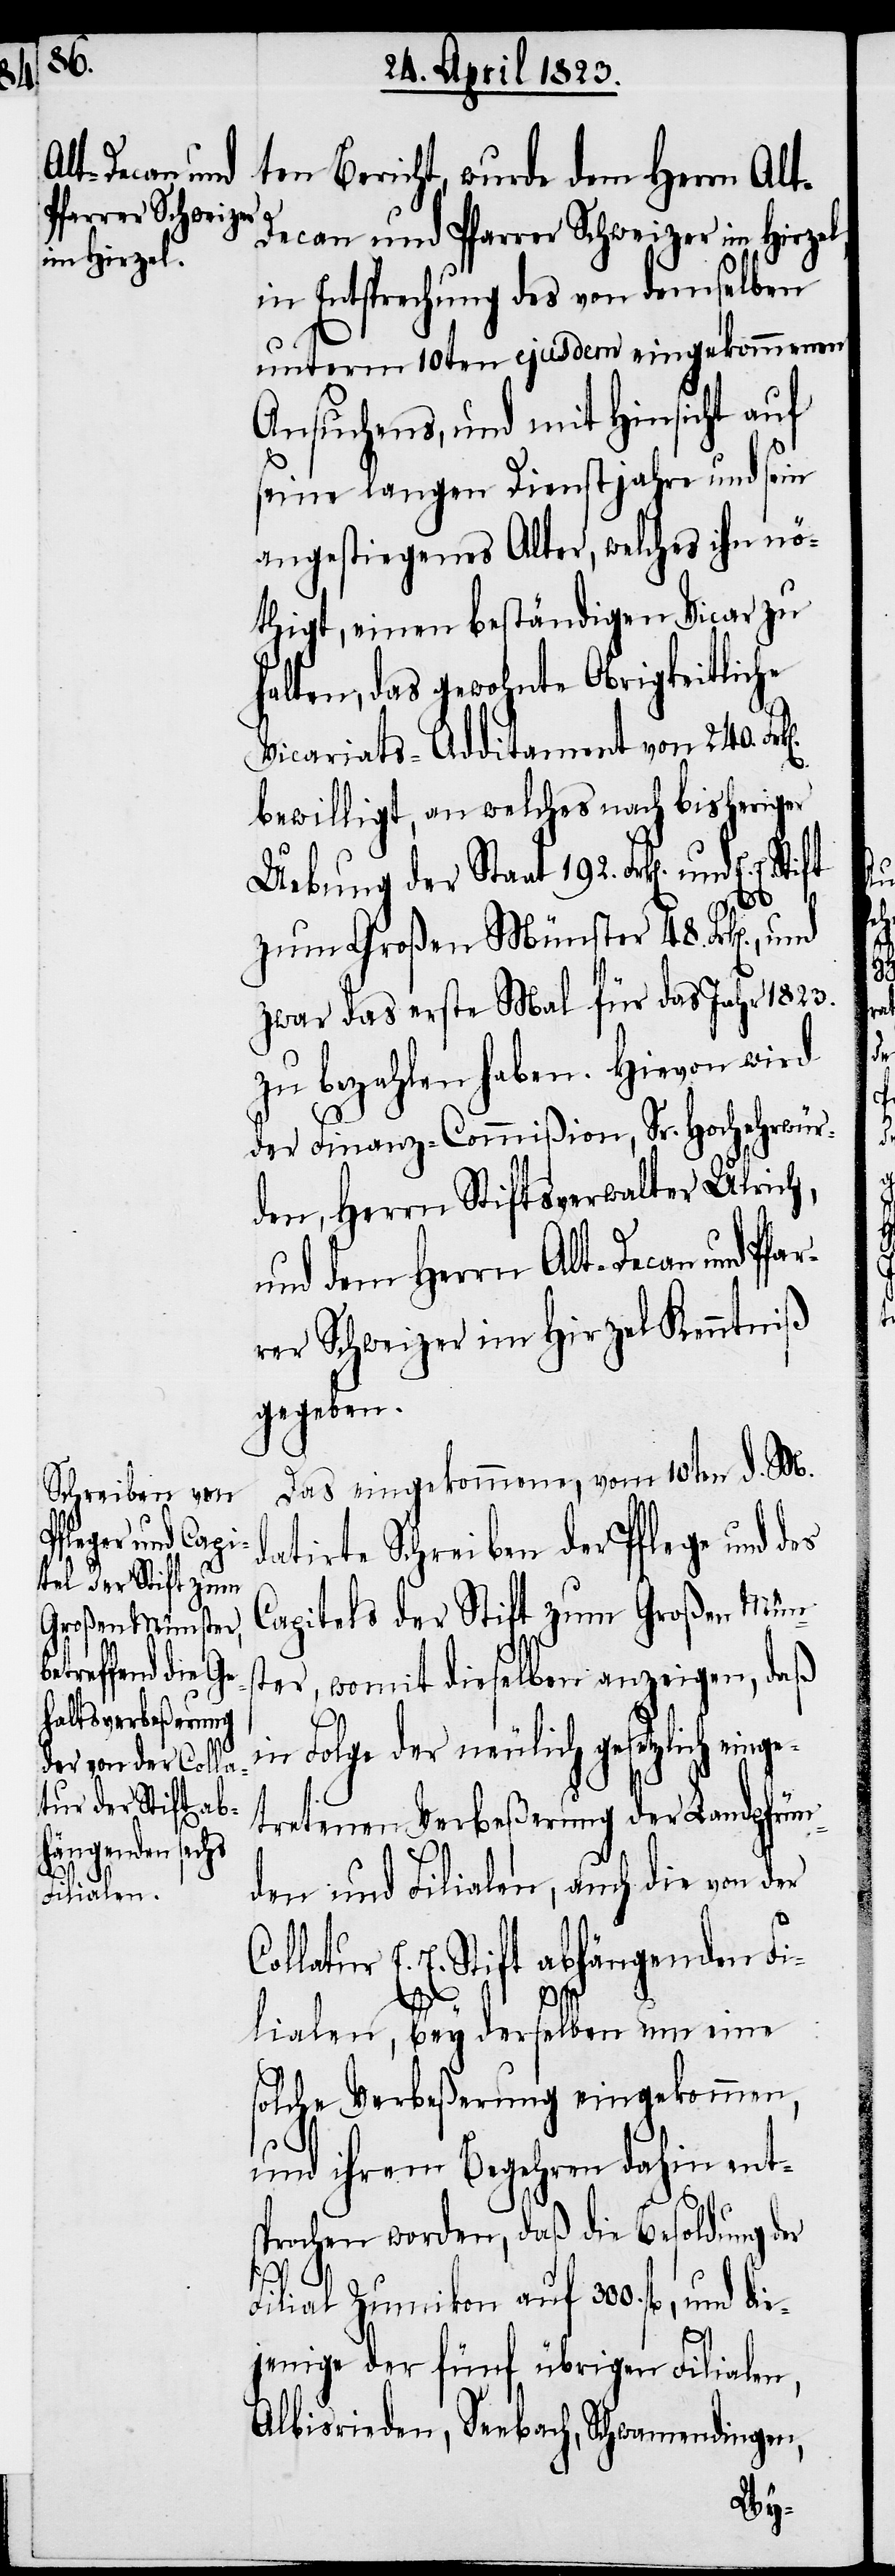
lt-Decan und
Pfarrer Schweizer
im Hirzel,

ten Bericht, wurde dem Herrn A¬
in Entsprechung des von demselben
unterm 10ten ejusdem eingekommenen
Ansuchens, und mit Hinsicht auf
seine langen Dienstjahre und sein
angestiegenes Alter, welches ihn nö¬
thigt, einen beständigen Vicar zu
halten, das gewohnte Obrigkeitliche
Vicariats-Additament von 240. Fr¬
bewilligt, an welches nach bisheriger
Uebung der Staat 192. Frk[en]. und
E. E.
zum Großen Münster 48. Frk[en].,
zwar das erste Mal für das Jahr 1823.
zu bezahlen haben. Hievon wird
der Finanz-Commißion, Sr. Hochehrwür¬
den, Herrn Stiftsverwalter Ulrich,
und dem Herrn Alt-Decan und Pfar¬
rer Schweizer im Hirzel Kenntniß
gegeben.
Das eingekommene, vom 10ten d. M.
datirte Schreiben der Pflege und des
Capitels der Stift zum Großen Müns¬
ter, womit dieselben anzeigen, daß
in Folge der neulich gesetzlich eing¬
etretenen Verbeßerung der Landpfrün¬
den und Filialen, auch die von der
Collatur E. E. Stift abhängenden Fi¬
lialen, bey derselben um eine
solche Verbeßerung eingekommen,
und ihrem Begehren dahin ent¬
sprochen worden, daß die Besoldung der
k[en].
Filial Zumikon auf 300 fl., und die¬
jenige der fünf übrigen Filialen,
Albisrieden, Seebach, Schwamendingen,